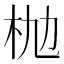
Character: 𣏫